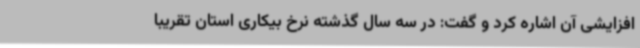
افزایشی آن اشاره کرد و گفت: در سه سال گذشته نرخ بیکاری استان تقریباً